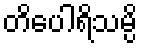
တိပေါရိသမ္ပိ